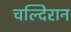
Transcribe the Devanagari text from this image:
चल्दिरान